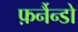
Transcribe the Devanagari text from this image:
फ़र्नैन्डो